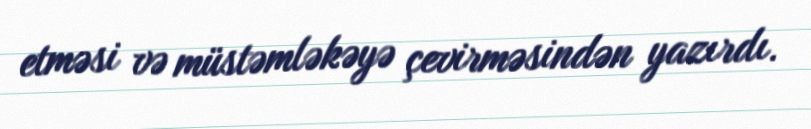
etməsi və müstəmləkəyə çevirməsindən yazırdı.